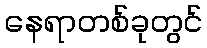
နေရာတစ်ခုတွင်